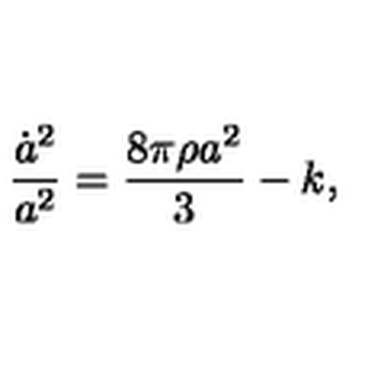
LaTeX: { \frac { \dot { a } ^ { 2 } } { a ^ { 2 } } } = \frac { 8 \pi \rho a ^ { 2 } } { 3 } - k ,